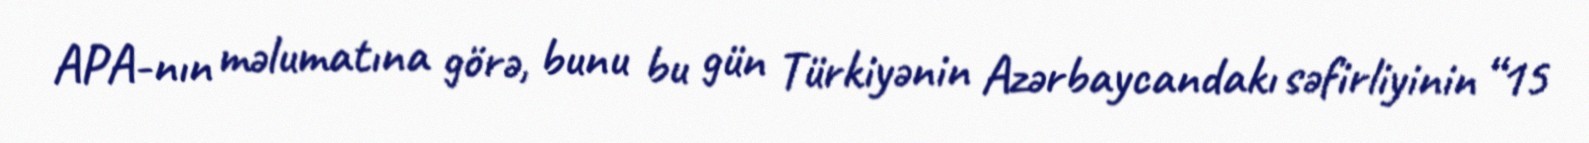
APA-nın məlumatına görə, bunu bu gün Türkiyənin Azərbaycandakı səfirliyinin “15